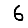
Digit: 6